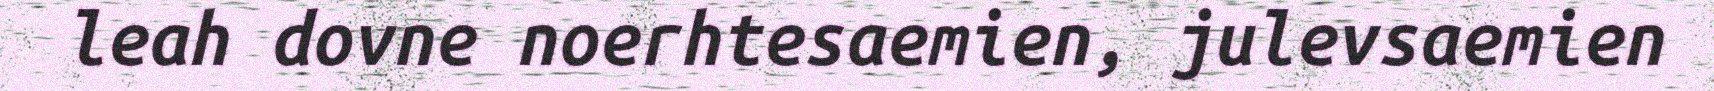
leah dovne noerhtesaemien, julevsaemien